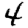
Digit: 4